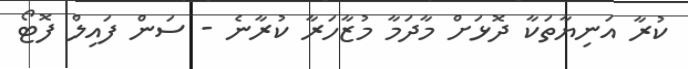
ކުރާ އަނިޔާތަކާ ދޮޅަށް މާދަމާ މުޒާހަރާ ކުރާނެ - ސަން ފައިލް ފޮޓޯ